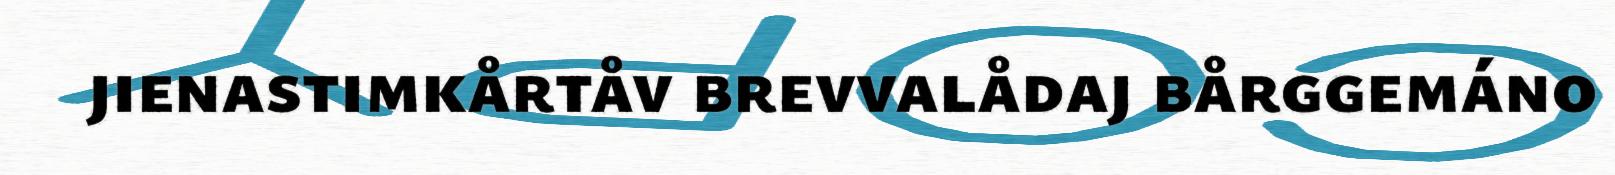
jienastimkårtåv brevvalådaj bårggemáno